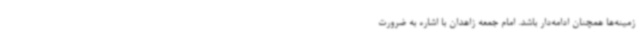
زمینه‌ها همچنان ادامه‌دار باشد. امام جمعه زاهدان با اشاره به ضرورت